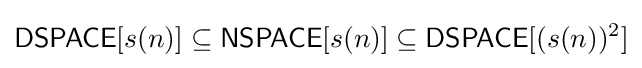
{\mathsf {DSPACE}}[s(n)]\subseteq {\mathsf {NSPACE}}[s(n)]\subseteq {\mathsf {DSPACE}}[(s(n))^{2}]